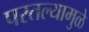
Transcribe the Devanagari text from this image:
परतल्यामुळे